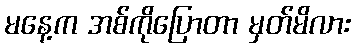
မနေ့က အစ်ကိုပြောတာ မှတ်မိလား